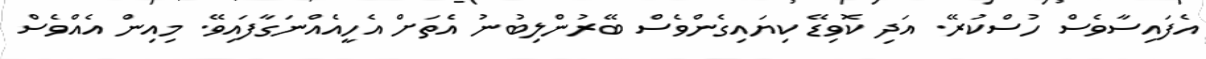
އެފައިސާވެސް ހުސްކުރޭ. އަދި ކޮވިޑޭ ކިޔައިގެންވެސް ބޭރުންލިބުނު އެތަށް އެހީއެއްނަގާފައިވޭ. މިއިން އެއްވެސް